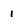
Character: 1